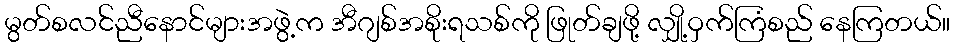
မွတ်စလင်ညီနောင်များအဖွဲ့က အီဂျစ်အစိုးရသစ်ကို ဖြုတ်ချဖို့ လျှို့ဝှက်ကြံစည် နေကြတယ်။